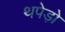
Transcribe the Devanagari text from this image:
थपेड़ो